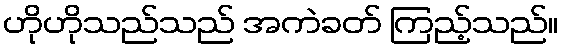
ဟိုဟိုသည်သည် အကဲခတ် ကြည့်သည်။